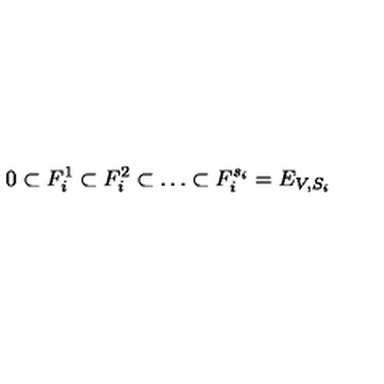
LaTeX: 0 \subset F _ { i } ^ { 1 } \subset F _ { i } ^ { 2 } \subset \dots \subset F _ { i } ^ { s _ { i } } = E _ { V , S _ { i } }